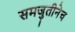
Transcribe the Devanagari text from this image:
समजुतीनेच